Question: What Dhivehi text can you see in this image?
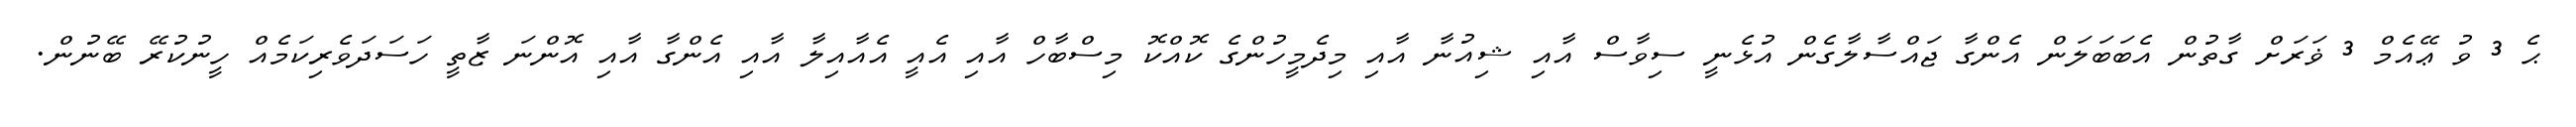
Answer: ޙެ 3 ވު ޢޭއެމް 3 ޥަރަށް ގާތުން އެބަބަލަން އެންގާ ޖައްސާލާގެން އުޅެނީ ސިވާސް އާއި ޝިއުނާ އާއި މިދެމީހުންގެ ކޮއްކޮ މިސްބާހް އާއި އެއީ އެއާއިލާ އާއި އެންގާ އާއި އޮންނަ ޒާތީ ހަސަދަވެރިކަމެއް ހީނުކުރޭ ބޭނުން.